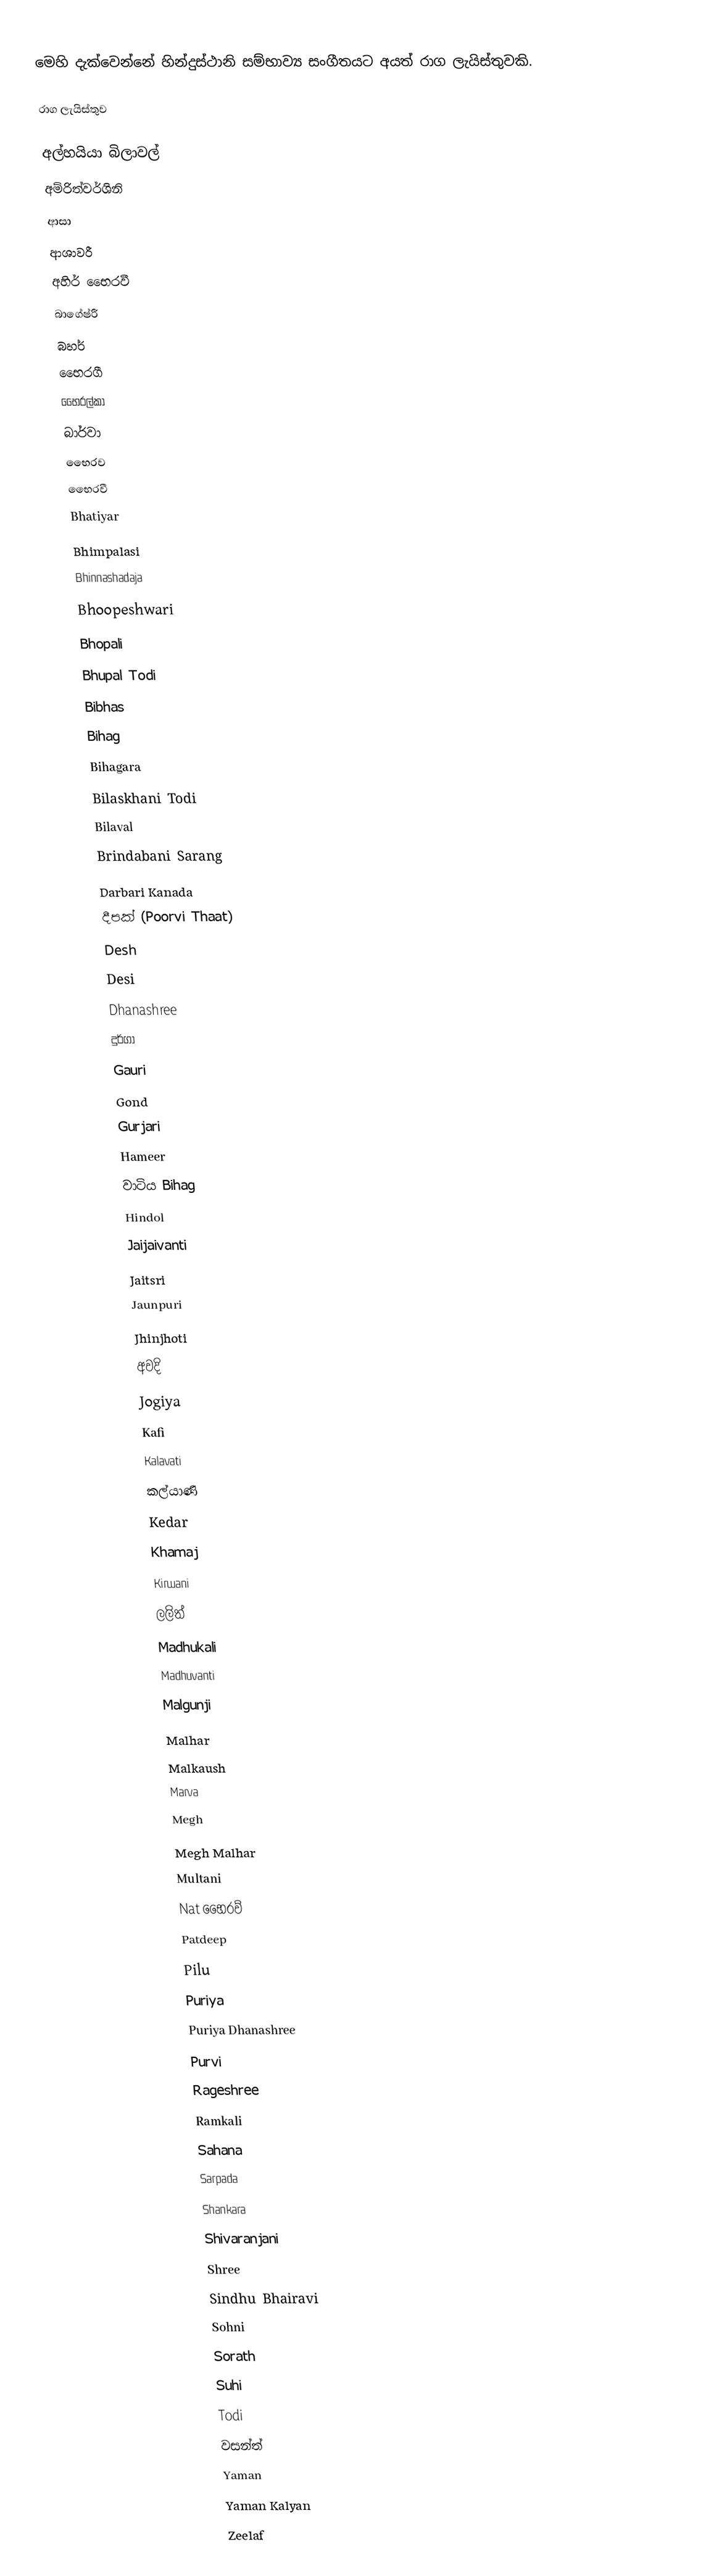
මෙහි දැක්වෙන්නේ හින්දුස්ථානි සම්භාව්‍ය සංගීතයට අයත් රාග ලැයිස්තුවකි.

රාග ලැයිස්තුව

අල්හයියා බිලාවල්
 අම්රිත්වර්ශිනි
 ආසා
 ආශාවරී
 අහිර් භෛරවී
 බාගේෂ්රී
 බහර්
 භෛරගී
 භෛරල්කා 
 බාර්වා
 භෛරව
 භෛරවී
 Bhatiyar
 Bhimpalasi
 Bhinnashadaja
 Bhoopeshwari
 Bhopali
 Bhupal Todi
 Bibhas
 Bihag
 Bihagara
 Bilaskhani Todi
 Bilaval
 Brindabani Sarang
 Darbari Kanada
 දීපක් (Poorvi Thaat)
 Desh
 Desi
 Dhanashree
 දුර්ගා
 Gauri
 Gond
 Gurjari
 Hameer
 වාටිය Bihag
 Hindol
 Jaijaivanti
 Jaitsri
 Jaunpuri
 Jhinjhoti
 අවදි
 Jogiya
 Kafi
 Kalavati
 කල්යාණි
 Kedar
 Khamaj
 Kirwani
 ලලිත්
 Madhukali
 Madhuvanti
 Malgunji
 Malhar
 Malkaush
 Marva
 Megh
 Megh Malhar
 Multani
 Nat භෛරව්
 Patdeep
 Pilu
 Puriya
 Puriya Dhanashree
 Purvi
 Rageshree
 Ramkali
 Sahana
 Sarpada
 Shankara
 Shivaranjani
 Shree
 Sindhu Bhairavi
 Sohni
 Sorath
 Suhi
 Todi
 වසන්ත්
 Yaman
 Yaman Kalyan
 Zeelaf